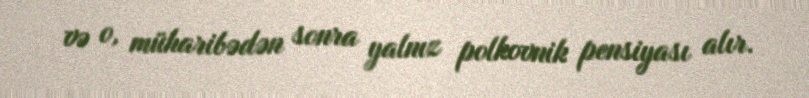
və o, müharibədən sonra yalnız polkovnik pensiyası alır.